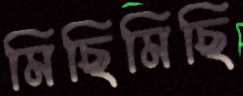
মিছিমিছি